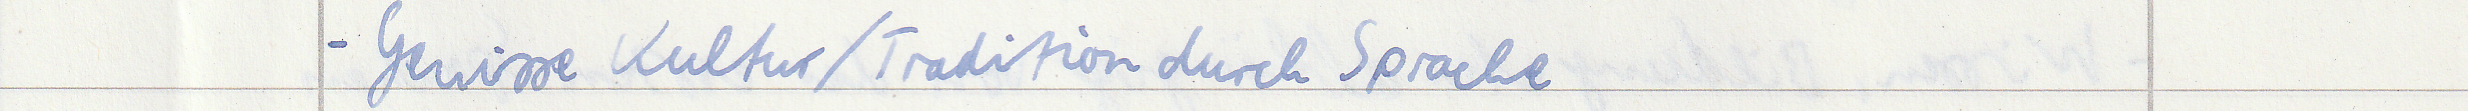
- Gewisse Kultur / Tradition durch Sprache